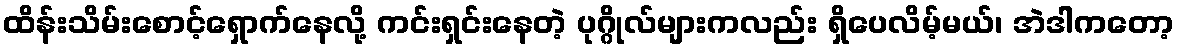
ထိန်းသိမ်းစောင့်ရှောက်နေလို့ ကင်းရှင်းနေတဲ့ ပုဂ္ဂိုလ်များကလည်း ရှိပေလိမ့်မယ်၊ အဲဒါကတော့